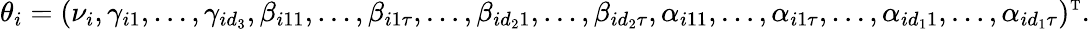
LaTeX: \theta_{i}=(\nu_{i},\gamma_{i1},\dots,\gamma_{id_{3}},\beta_{i11},\dots,\beta_{i1\tau},\dots,\beta_{id_{2}1},\dots,\beta_{id_{2}\tau},\alpha_{i11},\dots,\alpha_{i1\tau},\dots,\alpha_{id_{1}1},\dots,\alpha_{id_{1}\tau})^{\mathrm{\scriptscriptstyle T}}.